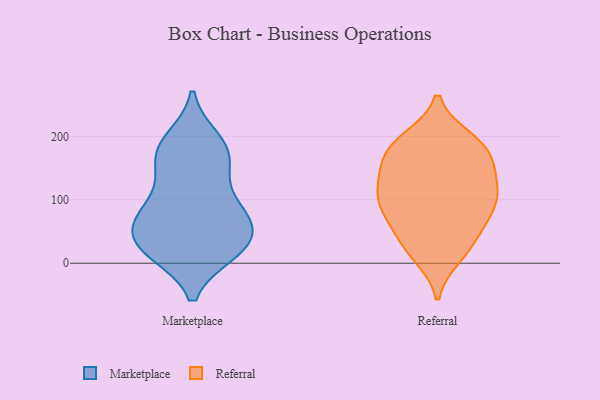
{"axis": {"x": "Headcount", "y": "Value"}, "legend": ["Marketplace", "Referral"], "data": [{"x": "", "y": 27, "type": "Marketplace"}, {"x": "", "y": 89, "type": "Marketplace"}, {"x": "", "y": 77, "type": "Marketplace"}, {"x": "", "y": 148, "type": "Marketplace"}, {"x": "", "y": 131, "type": "Marketplace"}, {"x": "", "y": 72, "type": "Marketplace"}, {"x": "", "y": 18, "type": "Marketplace"}, {"x": "", "y": 68, "type": "Marketplace"}, {"x": "", "y": 194, "type": "Marketplace"}, {"x": "", "y": 180, "type": "Marketplace"}, {"x": "", "y": 24, "type": "Marketplace"}, {"x": "", "y": 172, "type": "Marketplace"}, {"x": "", "y": 182, "type": "Marketplace"}, {"x": "", "y": 74, "type": "Marketplace"}, {"x": "", "y": 18, "type": "Marketplace"}, {"x": "", "y": 47, "type": "Marketplace"}, {"x": "", "y": 26, "type": "Marketplace"}, {"x": "", "y": 190, "type": "Referral"}, {"x": "", "y": 121, "type": "Referral"}, {"x": "", "y": 101, "type": "Referral"}, {"x": "", "y": 75, "type": "Referral"}, {"x": "", "y": 28, "type": "Referral"}, {"x": "", "y": 186, "type": "Referral"}, {"x": "", "y": 80, "type": "Referral"}, {"x": "", "y": 195, "type": "Referral"}, {"x": "", "y": 12, "type": "Referral"}, {"x": "", "y": 115, "type": "Referral"}, {"x": "", "y": 138, "type": "Referral"}, {"x": "", "y": 132, "type": "Referral"}, {"x": "", "y": 177, "type": "Referral"}, {"x": "", "y": 50, "type": "Referral"}, {"x": "", "y": 80, "type": "Referral"}, {"x": "", "y": 22, "type": "Referral"}, {"x": "", "y": 173, "type": "Referral"}, {"x": "", "y": 99, "type": "Referral"}, {"x": "", "y": 158, "type": "Referral"}]}